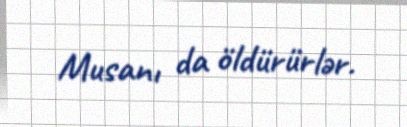
Musanı da öldürürlər.